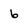
Character: 6